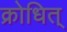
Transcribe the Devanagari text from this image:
क्रोधित्